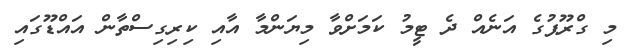
މި ގްރޫޕުގެ އަނެއް ދެ ޓީމު ކަމަށްވާ މިޔަންމާ އާއި ކިރިގިސްތާން އައްޑޫގައި